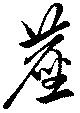
塵